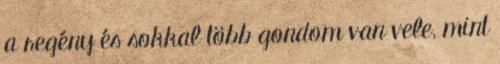
a regény és sokkal több gondom van vele, mint